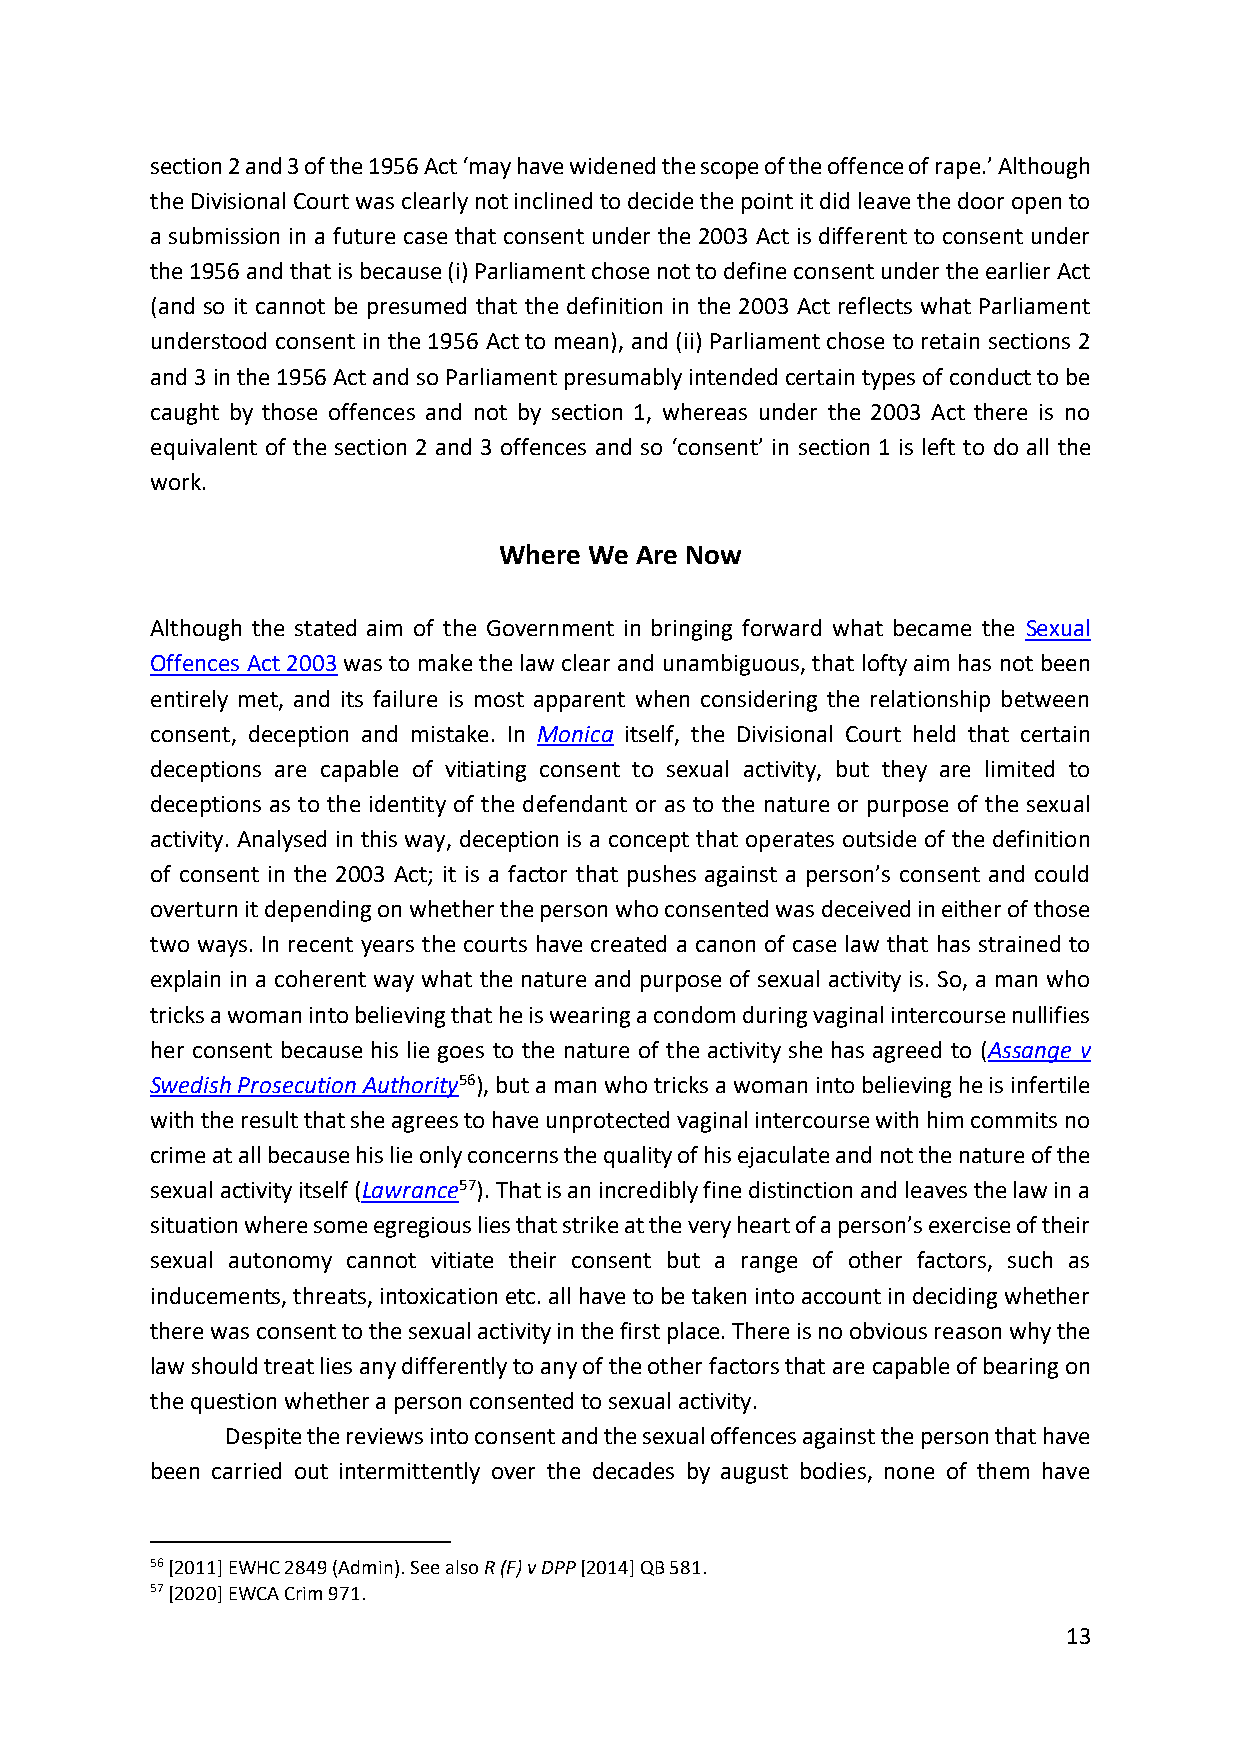
section 2 and 3 of the 1956 Act ‘may have widened the scope of the offence of rape.’ Although
 the Divisional Court was clearly not inclined to decide the point it did leave the door open to
 a submission in a future case that consent under the 2003 Act is different to consent under
 the 1956 and that is because (i) Parliament chose not to define consent under the earlier Act
 (and so it cannot be presumed that the definition in the 2003 Act reflects what Parliament
 understood consent in the 1956 Act to mean), and (ii) Parliament chose to retain sections 2
 and 3 in the 1956 Act and so Parliament presumably intended certain types of conduct to be
 caught by those offences and not by section 1, whereas under the 2003 Act there is no
 equivalent of the section 2 and 3 offences and so ‘consent’ in section 1 is left to do all the
 work.
 Where We Are Now
 Although the stated aim of the Government in bringing forward what became the Sexual
 Offences Act 2003 was to make the law clear and unambiguous, that lofty aim has not been
 entirely met, and its failure is most apparent when considering the relationship between
 consent, deception and mistake. In Monica itself, the Divisional Court held that certain
 deceptions are capable of vitiating consent to sexual activity, but they are limited to
 deceptions as to the identity of the defendant or as to the nature or purpose of the sexual
 activity. Analysed in this way, deception is a concept that operates outside of the definition
 of consent in the 2003 Act; it is a factor that pushes against a person’s consent and could
 overturn it depending on whether the person who consented was deceived in either of those
 two ways. In recent years the courts have created a canon of case law that has strained to
 explain in a coherent way what the nature and purpose of sexual activity is. So, a man who
 tricks a woman into believing that he is wearing a condom during vaginal intercourse nullifies
 her consent because his lie goes to the nature of the activity she has agreed to (Assange v
 Swedish Prosecution Authority56), but a man who tricks a woman into believing he is infertile
 with the result that she agrees to have unprotected vaginal intercourse with him commits no
 crime at all because his lie only concerns the quality of his ejaculate and not the nature of the
 sexual activity itself (Lawrance57). That is an incredibly fine distinction and leaves the law in a
 situation where some egregious lies that strike at the very heart of a person’s exercise of their
 sexual autonomy cannot vitiate their consent but a range of other factors, such as
 inducements, threats, intoxication etc. all have to be taken into account in deciding whether
 there was consent to the sexual activity in the first place. There is no obvious reason why the
 law should treat lies any differently to any of the other factors that are capable of bearing on
 the question whether a person consented to sexual activity.
 Despite the reviews into consent and the sexual offences against the person that have
 been carried out intermittently over the decades by august bodies, none of them have
 56 [2011] EWHC 2849 (Admin). See also R (F) v DPP [2014] QB 581.
 57 [2020] EWCA Crim 971.
 13